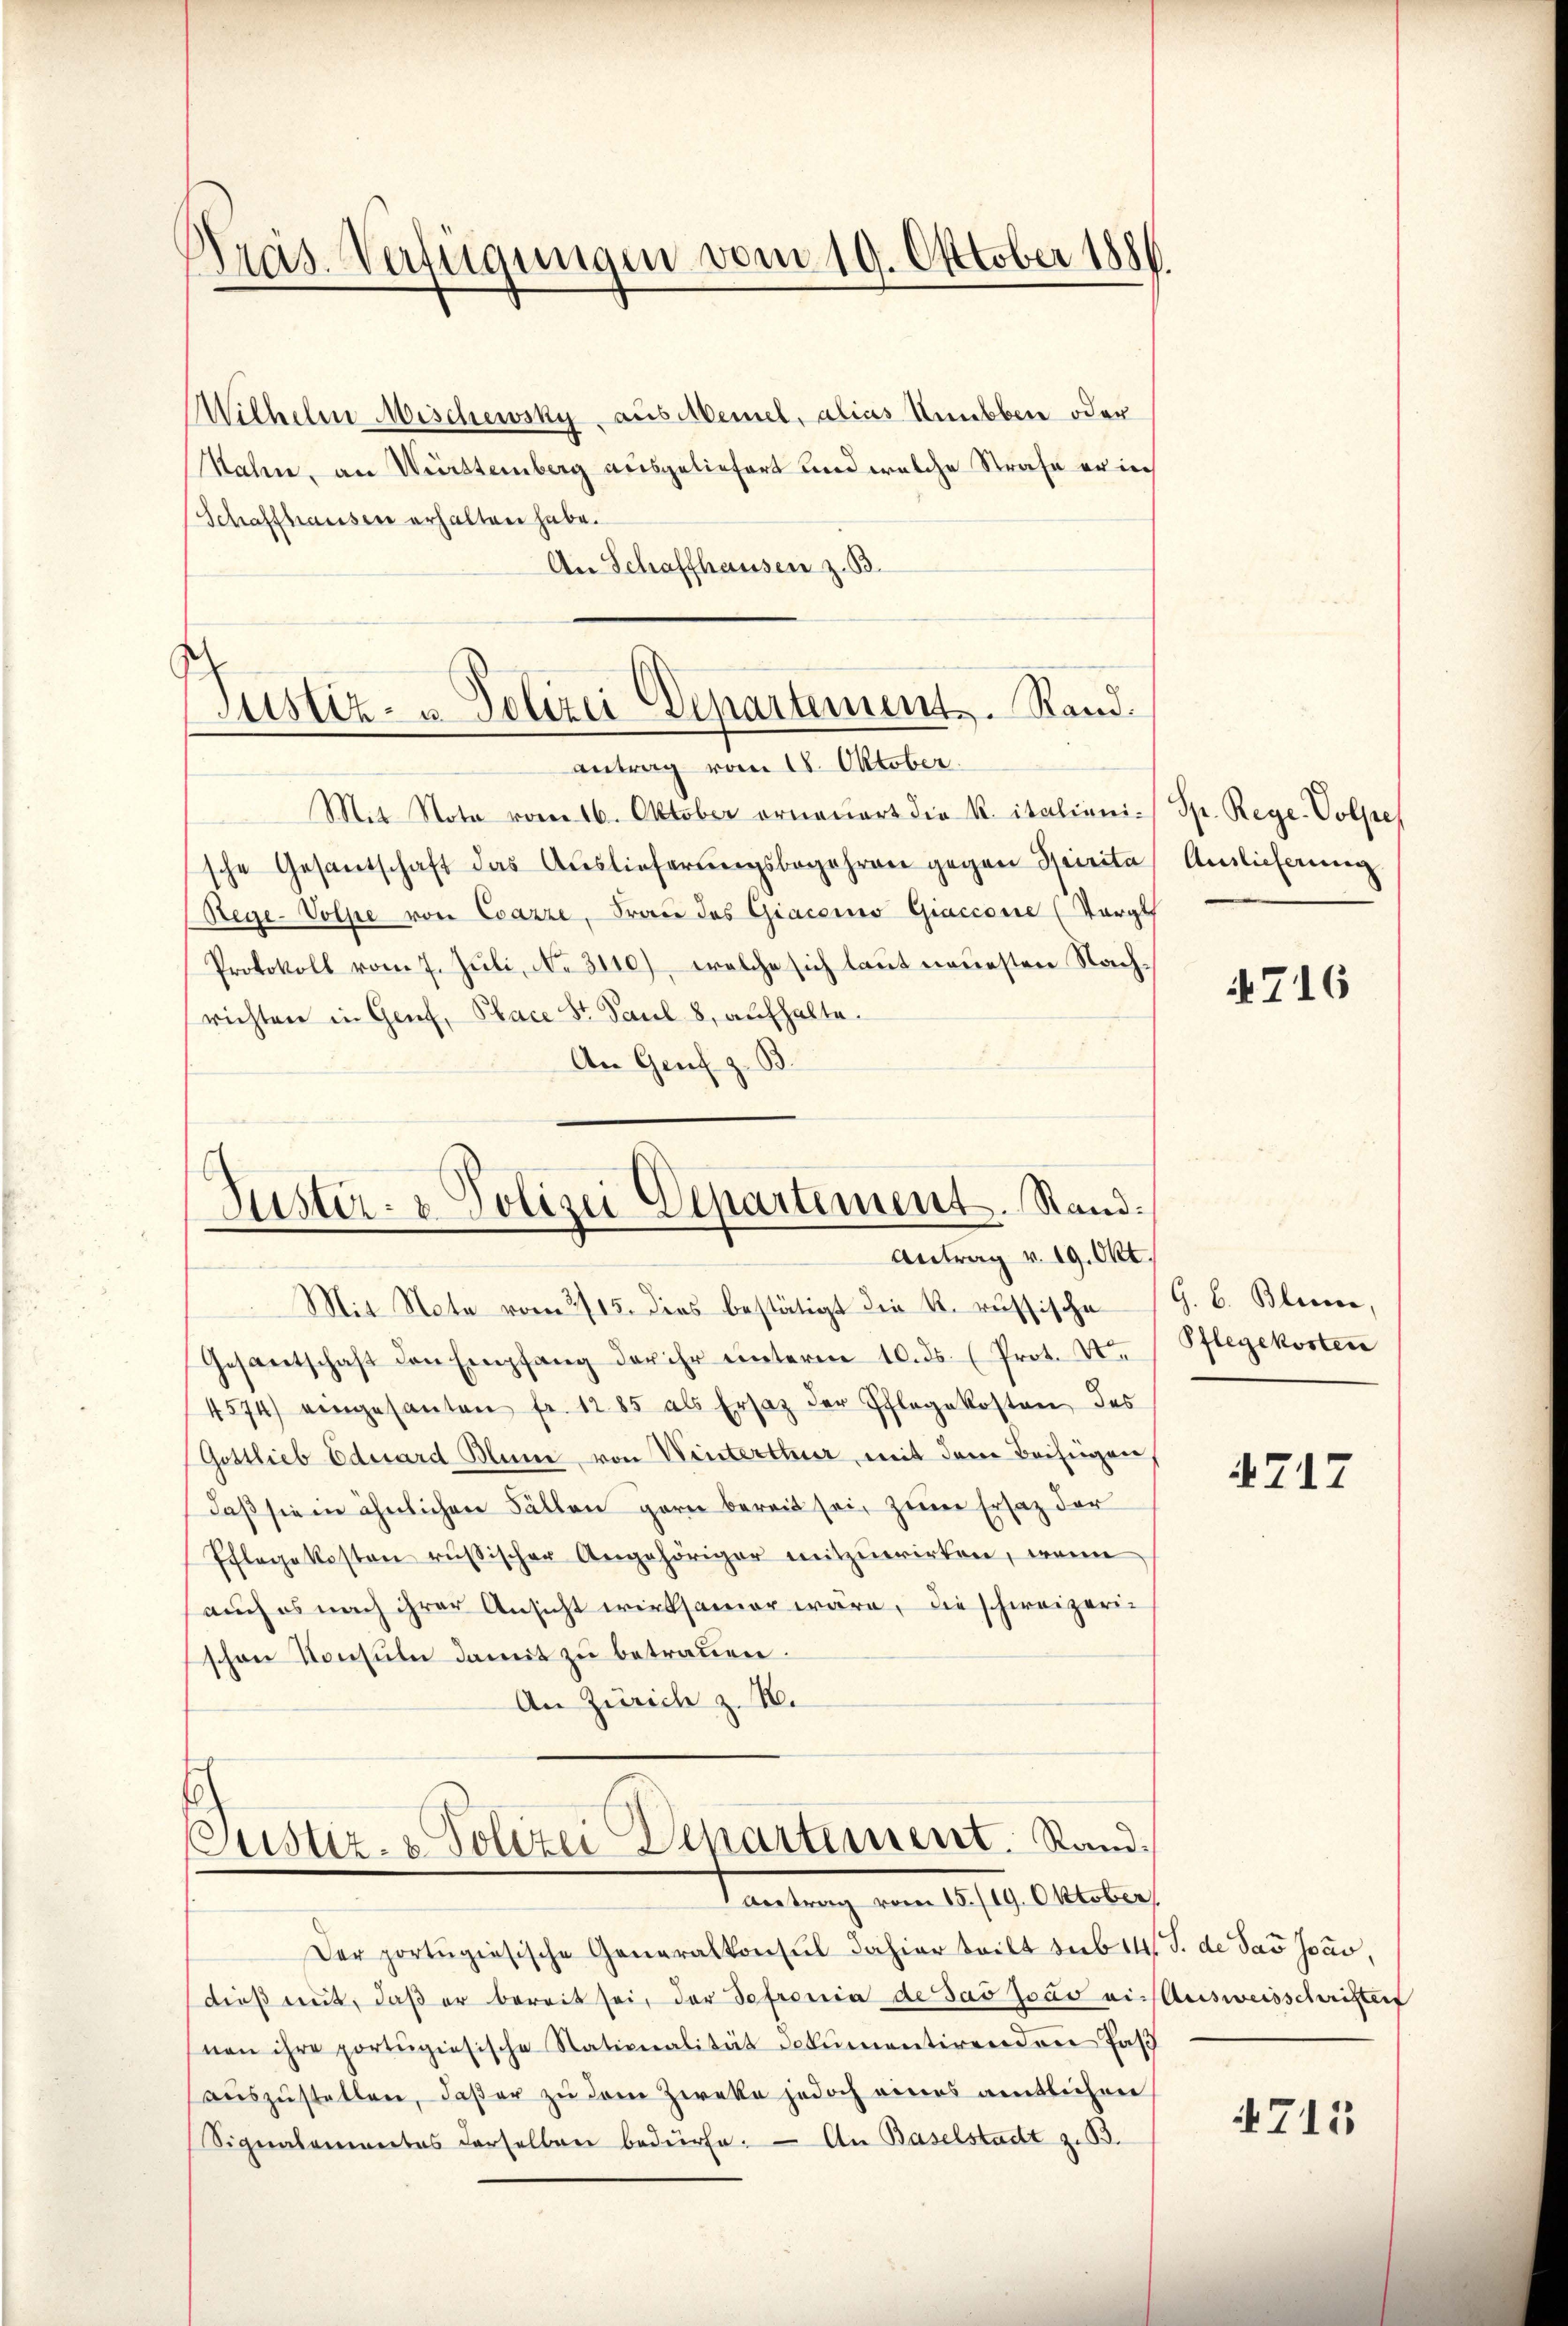
Präs. Verfügungen vom 19. Oktober 1886.

Justiz- & Polizei Departement. Stand.
antrag vom 18. Oktober.

Wilhelm Mischewsky aus Meinel, alias Unubben oder
Nahen, an Württemberg ausgeliefert und welche Strafe er in
Schaffhausen erhalten habe.
An Schaffhausen z. B.
Mit Note vom 16. Oktober orneŭert die K. italieni-Sp. Rege-Volpes
sche Gesandschaft das Auslieferungsbegehren gegen Spirita Auslieferung
(Rege-Volpe von Coazze, Frau des Giacono Giaccome (Targt
Protokoll vom 7. Juli, No. 3110), welche sich laut neuesten Nachrichten in Genf, Place St. Paul 8, aufhalte.
An Genf z. B

Juster- & Polizei Departement. Rand.
Antrag v. 19. Okt.

Mit Note vom 2715. dies bestätigt die k. russische G. B. Bleise,
Gesantschaft den Empfang der ihr ŭnterm 10. ds. (Prot. St. Pflegekosten
4574) eingesanten fr. 1285 als Ersatz der Pflegekosten, des
Gostlieb Eduard Blume von Winterthur, mit dem Beifügen,
daß sie in ähnlichen Fällen garn bereit sei, zum Ersatz der
Pflegekosten russischer Angehöriger mitzuwirken, wenn
auch es nach ihrer Ansicht wirksamer wäre, die schweizerischen Konsuln damit zu betrauen.
An Zürich z. B.
Justiz- & Polizei Departement. Stand¬
Tamtung vom 10. 19. Oktober
Der portugisische Generalkonsul dahier teilt sub 14 J. de das Jav,
dieβ niṁt, daβ er bereit sei, der Sofronia de das Jovo ein Ausweisschriften
von ihre portŭgiesische Nationalität columentirenden Pas
auszustellen, daß er zu dem Zweke jedoch vieres amtlichen
Signalementes derselben bedürfe. - An Baselstadt z. B.

§716

4717

715